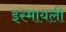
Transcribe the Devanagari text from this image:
इस्मायली